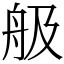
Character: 䑥